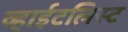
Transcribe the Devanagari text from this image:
व्हाईटलिस्ट